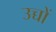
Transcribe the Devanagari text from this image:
उच्चों